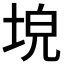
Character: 𡌗